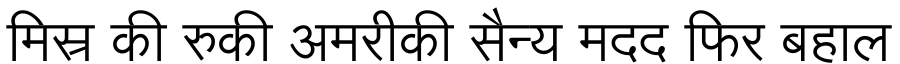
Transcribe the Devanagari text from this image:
मिस्र की रुकी अमरीकी सैन्य मदद फिर बहाल